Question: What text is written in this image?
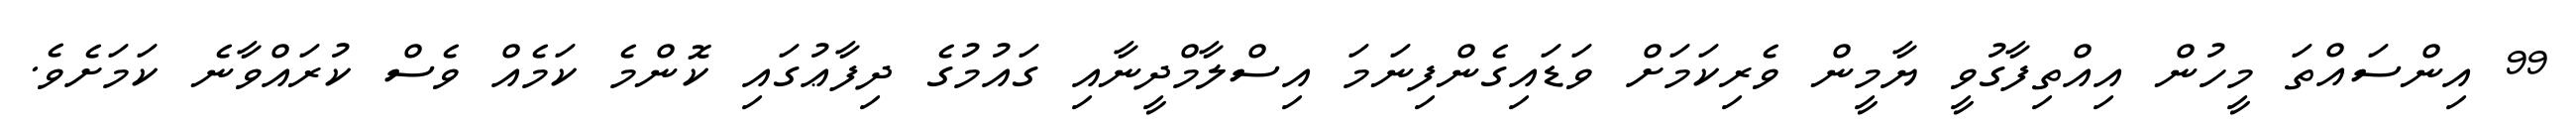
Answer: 99 އިންސައްތަ މީހުން އިއްތިފާގުވީ ޔާމީން ވެރިކަމަށް ވަޑައިގެންފިނަމަ އިސްލާމްދީނާއި ގައުމުގެ ދިފާޢުގައި ކޮންމެ ކަމެއް ވެސް ކުރައްވާނެ ކަމަށެވެ.